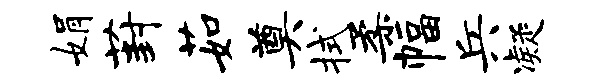
娟葑茹奠拭柔幅兵凝